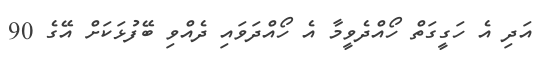
އަދި އެ ހަގީގަތް ހޯއްދެވީމާ އެ ހޯއްދަވައި ދެއްވި ބޭފުޅަކަށް އޭގެ 90